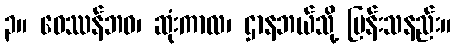
၃။ ဝေဿန်ဘဝ၊ ဆုံးကာလ၊ ဌာနဘယ်သို့ မြန်းသနည်း။